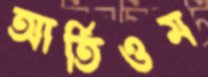
আর্তিওম